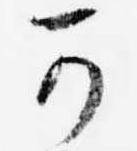
可